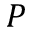
P